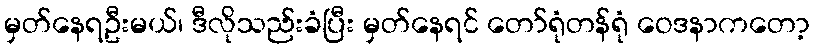
မှတ်နေရဦးမယ်၊ ဒီလိုသည်းခံပြီး မှတ်နေရင် တော်ရုံတန်ရုံ ဝေဒနာကတော့